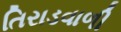
તિરાડવાળી